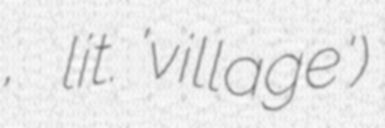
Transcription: деревня, lit. 'village')